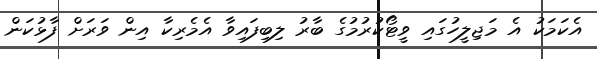
އެކަމަކު އެ މަޖިލީހުގައި ވީޓޯކުރުމުގެ ބާރު ލިބިފައިވާ އެމެރިކާ އިން ވަރަށް ފާޅުކަން